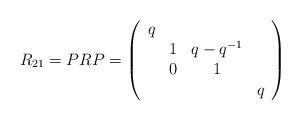
LaTeX: \begin{align*}R_{21}=PRP=\left(\begin{array}{cccc}q& & & \\&1&q-q^{-1}& \\&0&1& \\&&&q\end{array}\right)\end{align*}